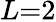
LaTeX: L{=}2